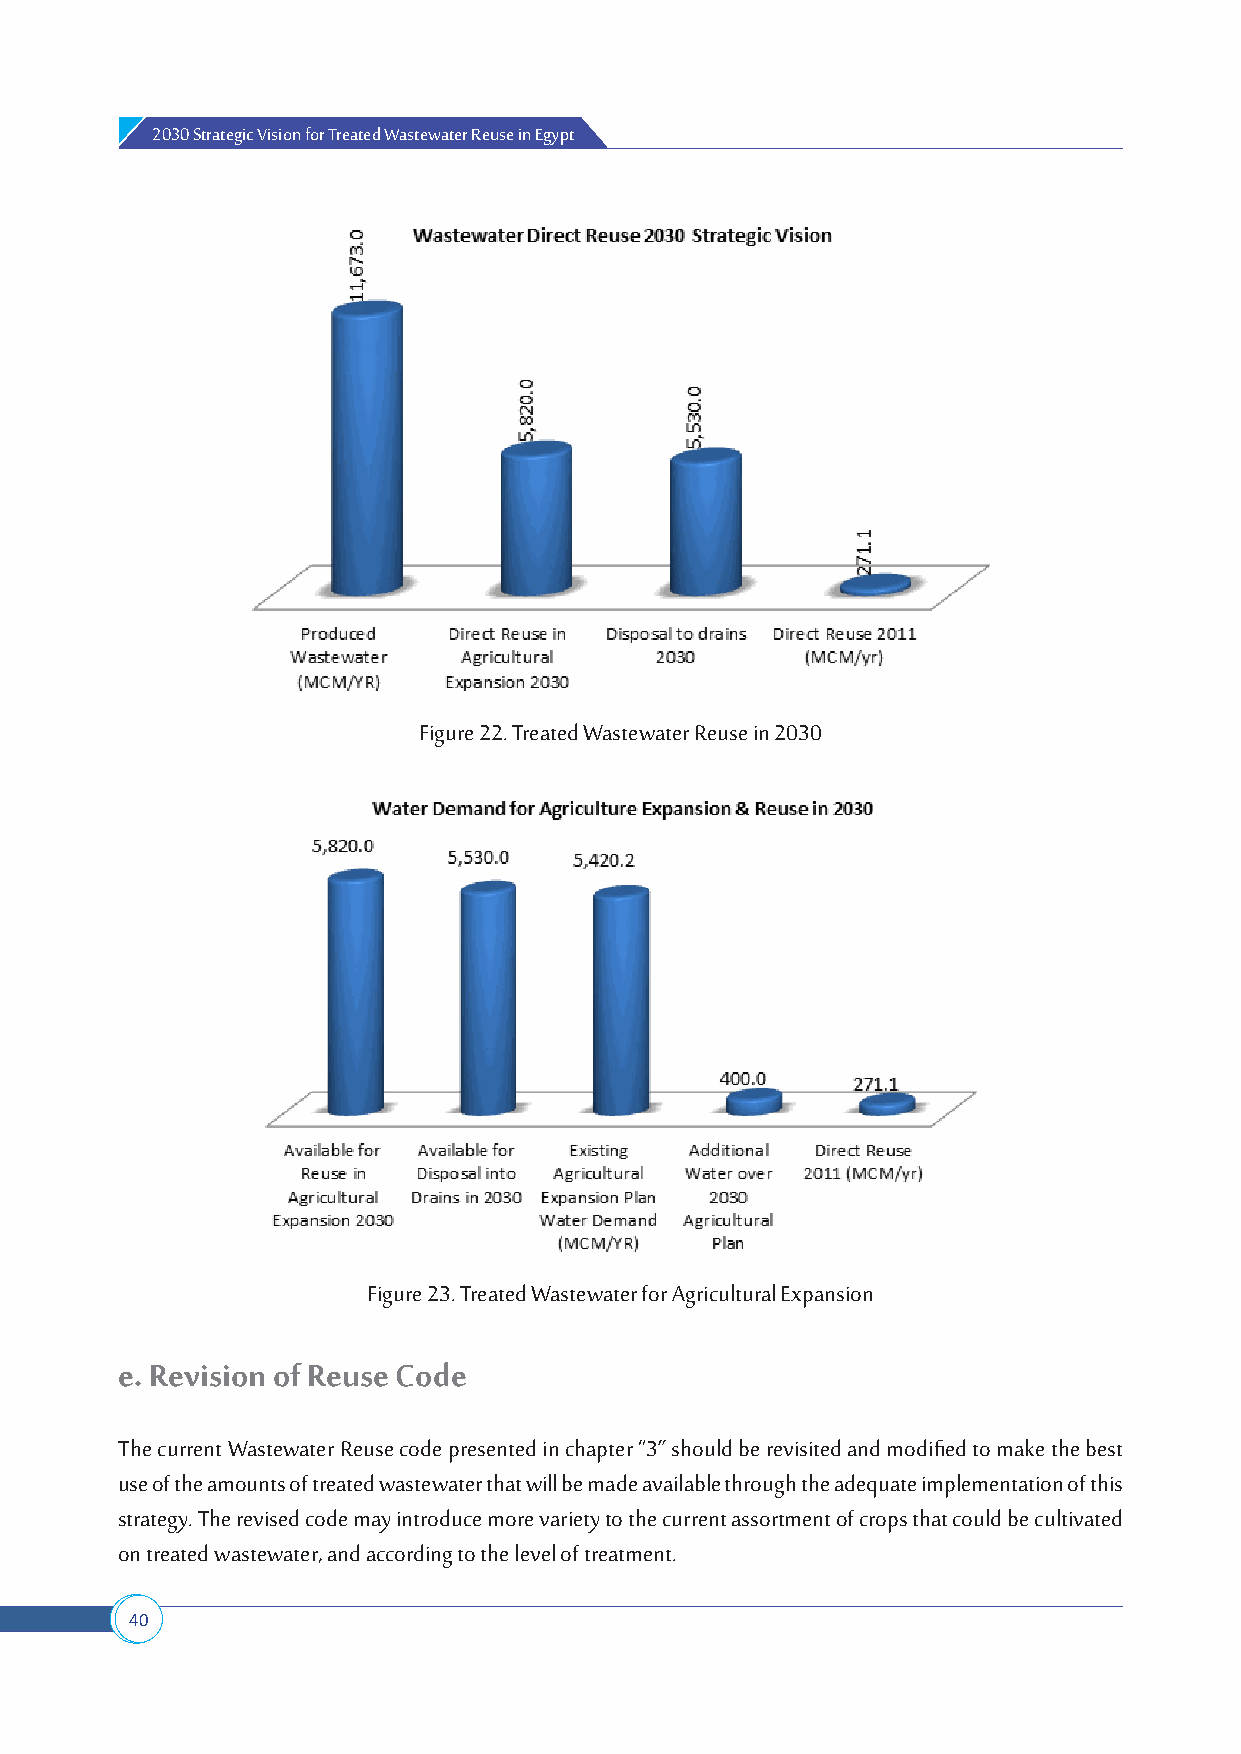
2030 Strategic Vision for Treated Wastewater Reuse in Egypt
 Figure 22. Treated Wastewater Reuse in 2030
 Figure 23. Treated Wastewater for Agricultural Expansion
 e Revision of Reuse Code
 The current Wastewater Reuse code presented in chapter “3” should be revisited and modified to make the best
 use of the amounts of treated wastewater that will be made available through the adequate implementation of this
 strategy. The revised code may introduce more variety to the current assortment of crops that could be cultivated
 on treated wastewater, and according to the level of treatment.
 40